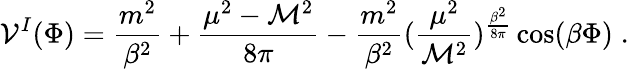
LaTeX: {\cal V}^{I}(\Phi)={\frac{m^{2}}{\beta^{2}}}+{\frac{\mu^{2}-{\cal M}^{2}}{8\pi}}-{\frac{m^{2}}{\beta^{2}}}({\frac{\mu^{2}}{{\cal M}^{2}}})^{{\frac{\beta^{2}}{8\pi}}}\cos(\beta\Phi)\; .